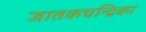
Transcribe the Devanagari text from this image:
जातकचन्द्रिका